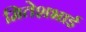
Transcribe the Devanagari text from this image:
मितेशभाई